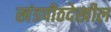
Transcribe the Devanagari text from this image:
खंडपीठदेखील